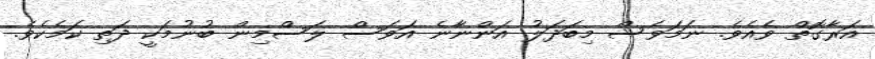
އަރާގޮތް ވެއެވެ. ނަމަވެސް މިބަދަލު އަންނާނެ އަވަސް ލަސްމިން ބުނުމަކީ ދަތި ކަމެކެވެ.